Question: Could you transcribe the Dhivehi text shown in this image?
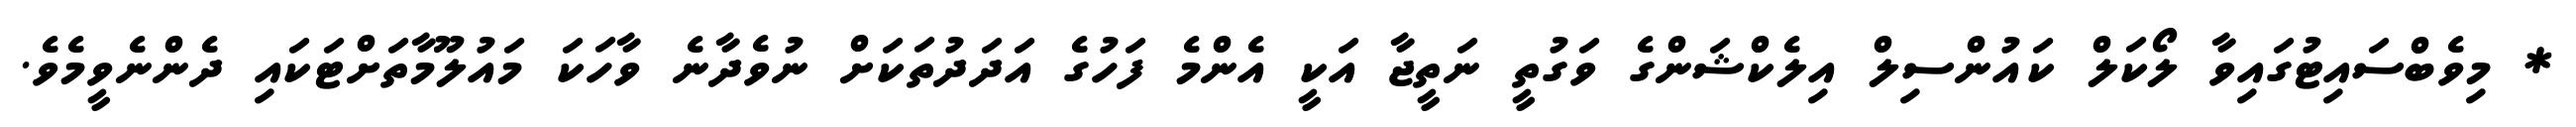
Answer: * މިވެބްސައިޓުގައިވާ ލޯކަލް ކައުންސިލް އިލެކްޝަންގެ ވަގުތީ ނަތީޖާ އަކީ އެންމެ ފަހުގެ އަދަދުތަކަށް ނުވެދާނެ ވާހަކަ މައުލޫމާތަށްޓަކައި ދެންނެވީމެވެ.